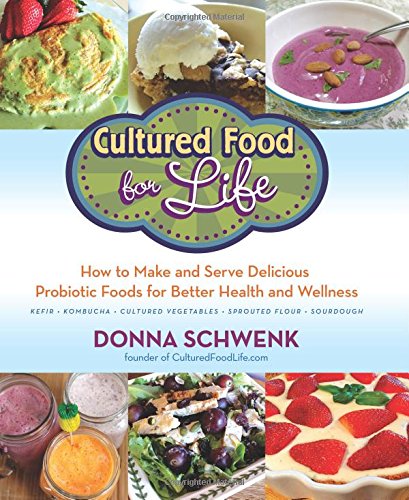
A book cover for Cultured Food for Life: How to Make and Serve Delicious Probiotic Foods for Better Health and Wellness; Donna Schwenk; Cookbooks, Food & Wine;